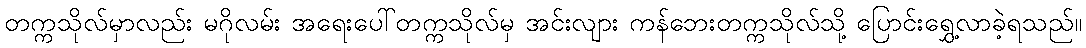
တက္ကသိုလ်မှာလည်း မဂိုလမ်း အရေးပေါ်တက္ကသိုလ်မှ အင်းလျား ကန်ဘေးတက္ကသိုလ်သို့ ပြောင်းရွှေ့လာခဲ့ရသည်။